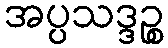
အပ္ပသဒ္ဒဉ္စ